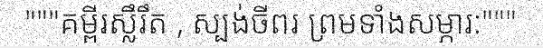
"""គម្ពីរស្លឹរឹត , ស្បង់ចីពរ ព្រមទាំងសម្ភារ:"""